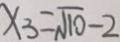
x _ { 3 } = \sqrt { 1 0 } - 2